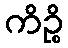
ကိဉ္စိ